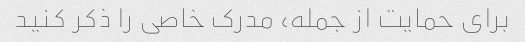
برای حمایت از جمله، مدرک خاصی را ذکر کنید